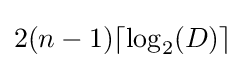
2(n-1)\lceil \log _{2}(D)\rceil